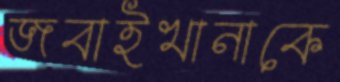
জবাইখানাকে